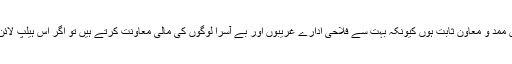
ان فلاحی اداروں کیساتھ روابط بڑھائیں جو اس ادارے کے مختلف مالی و انتظامی معاملات میں ممد و معاون ثابت ہوں کیونکہ بہت سے فلاحی ادارے غریبوں اور بے آسرا لوگوں کی مالی معاونت کرتے ہیں تو اگر اس ہیلپ لائن پر کوئی مالی تعاون کی کال آتی ہے تو اسے کسی فلاحی ادارے کی طرف ریفر کرنا چاہیے۔